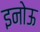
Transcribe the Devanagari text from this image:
इनोऊ